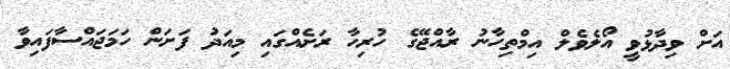
އަށް ވިދާޅުވީ އޯލެވެލް އިމްތިހާނު ރާއްޖޭގެ ހުރިހާ ރަށެއްގައި މިއަދު ފަށަން ހަމަޖައްސާފައިވާ